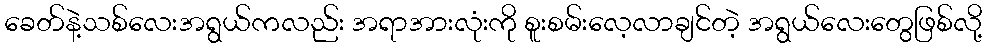
ခေတ်နဲ့သစ်လေးအရွယ်ကလည်း အရာအားလုံးကို စူးစမ်းလေ့လာချင်တဲ့ အရွယ်လေးတွေဖြစ်လို့